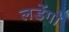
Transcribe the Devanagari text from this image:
लडेंगो